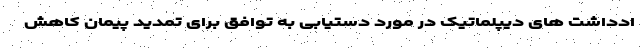
ادداشت های دیپلماتیک در مورد دستیابی به توافق برای تمدید پیمان کاهش